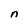
Character: n